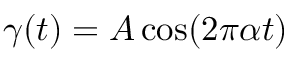
\gamma ( t ) = A \cos ( 2 \pi \alpha t )